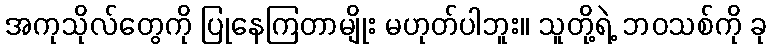
အကုသိုလ်တွေကို ပြုနေကြတာမျိုး မဟုတ်ပါဘူး။ သူတို့ရဲ့ ဘဝသစ်ကို ခု